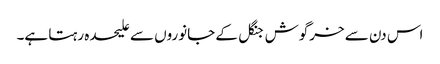
اس دن سے خرگوش جنگل کے جانوروں سے علیحدہ رہتا ہے۔